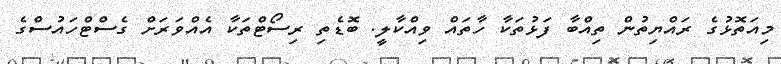
މިއަތޮޅުގެ ރައްޔިތުން ތިއްބާ ފަޅުތަކާ ހާތައް ވިއްކާލީ. ބޮޑެތި ރިސޯޓްތަކާ އެއްވަރަށް ގެސްޓްހައުސްގެ